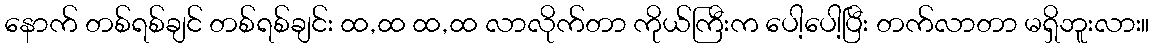
နောက် တစ်ရစ်ချင် တစ်ရစ်ချင်း ထ,ထ ထ,ထ လာလိုက်တာ ကိုယ်ကြီးက ပေါ့ပေါ့ပြီး တက်လာတာ မရှိဘူးလား။